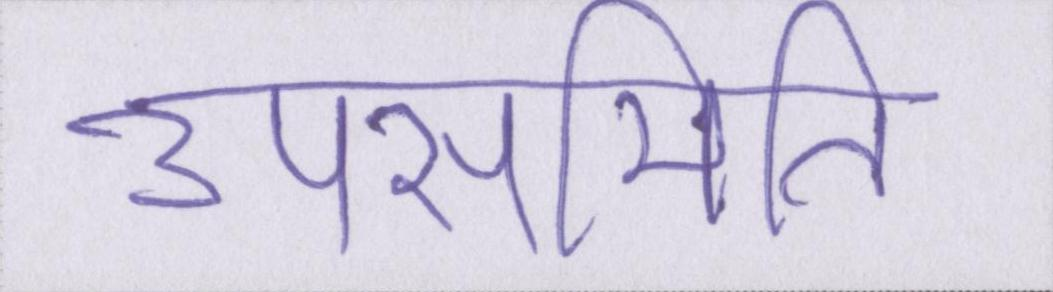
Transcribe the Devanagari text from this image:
उपसमिति